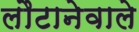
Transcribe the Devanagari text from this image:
लौटानेवाले